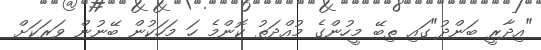
"އިދާރީ ބަންދު"ގައި ތިބޭ މީހުންގެ މުއްދަތު ކޮންމެ ހަ މަހަަކުން ބޭނުން ވަރަކަށް